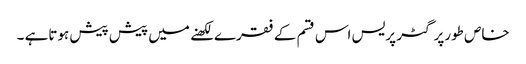
خاص طورپر گٹر پریس اس قسم کے فقرے لکھنے میں پیش پیش ہوتاہے ۔